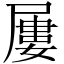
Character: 屢